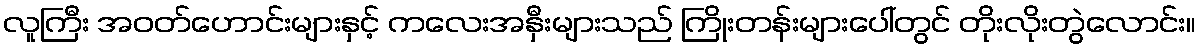
လူကြီး အဝတ်ဟောင်းများနှင့် ကလေးအနှီးများသည် ကြိုးတန်းများပေါ်တွင် တိုးလိုးတွဲလောင်း။